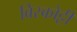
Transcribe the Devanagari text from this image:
बिस्कोट्टी